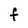
Character: F